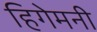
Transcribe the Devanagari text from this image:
हिगेमनी